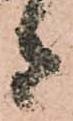
者